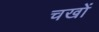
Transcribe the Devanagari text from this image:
चखों